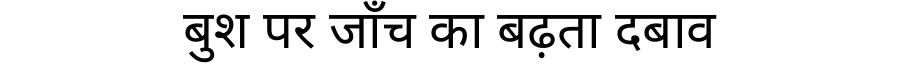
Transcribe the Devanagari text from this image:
बुश पर जाँच का बढ़ता दबाव